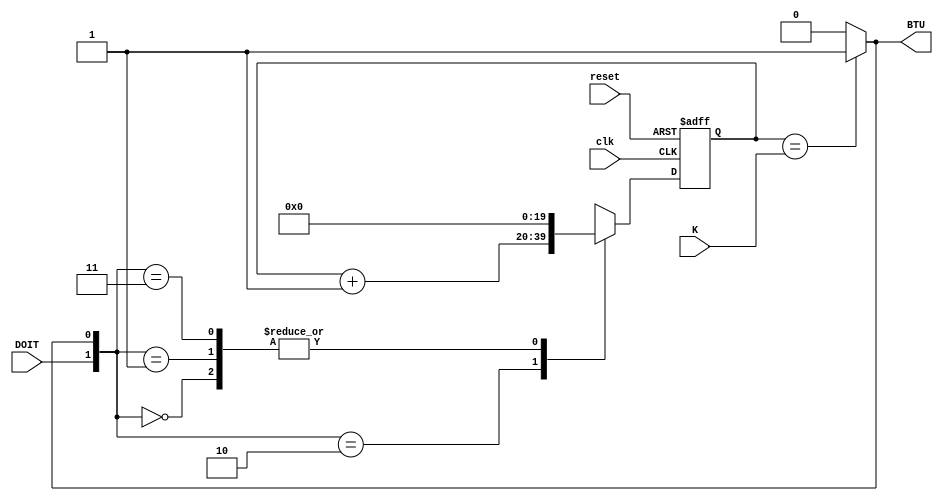
`timescale 1ns / 1ps
/*=================================================================================
 * Project:   CECS 460 Lab 2 - Transmit Engine
 *
 * Notes:     Count clocks to determine the Bit Time in accordance to the
              BAUD Rate provided by the onboard switches.
=================================================================================*/
module BitTime_Counter(clk, reset, DOIT, K, BTU);
   input clk, reset;
   input DOIT;
   input [19:0] K;
   output BTU;
   
   reg [19:0] Q;
   reg [19:0] mQ;
                                    
   always@(posedge clk, posedge reset)
      if(reset)
         Q <= 20'b0; 
      else
         Q <= mQ;
      
   always@(*) begin
      case({DOIT, BTU})
         2'b00: mQ = 0;
         2'b01: mQ = 0;
         2'b10: mQ = Q + 20'b1;  //Bit Counter + 1
         2'b11: mQ = 0;  
      endcase
   end
   
   assign BTU = (Q == K) ? 1'b1 : 1'b0;
         
   
         
endmodule